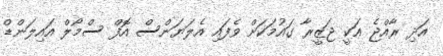
އަދި ރާއްޖެ އަކީ ޖަޒީރާ ގައުމަކަށް ވެފައި އެލަޔަންސް އޮފް ސްމޯލް އައިލަންޑް